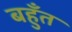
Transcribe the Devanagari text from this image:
बहुँत